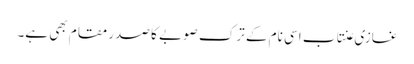
غازی عنتاب اسی نام کے ترک صوبے کا صدر مقام بھی ہے۔